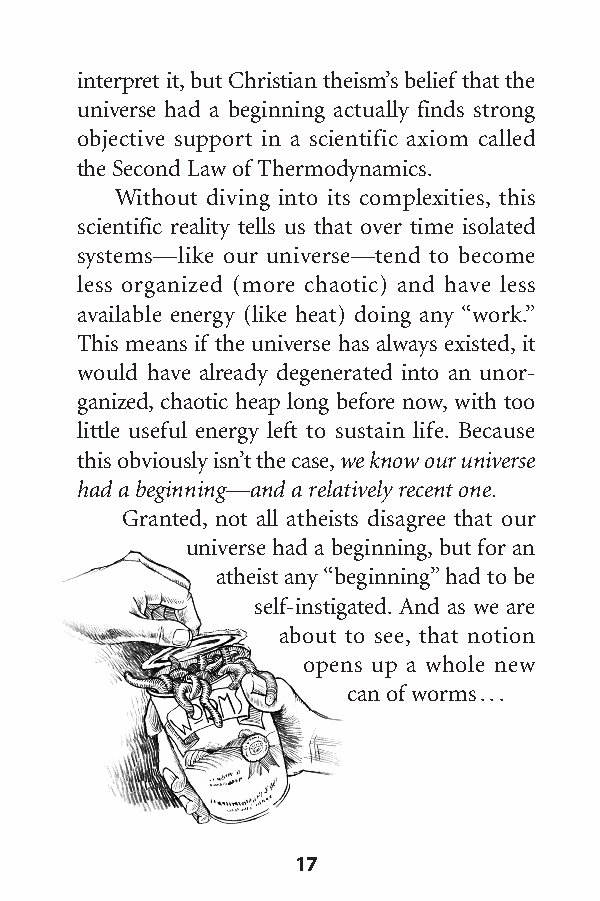
interpret it,but Christian theism’s belief that the
 universe had a beginning actually finds strong
 objective support in a scientific axiom called
 the Second Law ofThermodynamics.
 Without diving into its complexities, this
 scientific reality tells us that over time isolated
 systems—like our universe—tend to become
 less organized (more chaotic) and have less
 available energy (like heat) doing any “work.”
 This means if the universe has always existed,it
 would have already degenerated into an unor-
 ganized, chaotic heap long before now, with too
 little useful energy left to sustain life. Because
 this obviously isn’t the case,we know our universe
 had a beginning—and a relatively recent one.
 Granted, not all atheists disagree that our
 universe had a beginning,but for an
 atheist any “beginning”had to be
 self-instigated.And as we are
 about to see, that notion
 opens up a whole new
 can ofworms...
 17